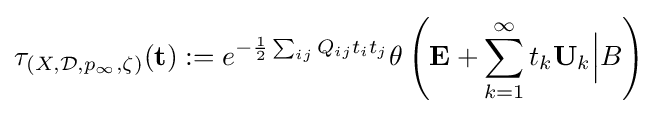
\tau _{(X,{\mathcal {D}},p_{\infty },\zeta )}(\mathbf {t} ):=e^{-{1 \over 2}\sum _{ij}Q_{ij}t_{i}t_{j}}\theta \left(\mathbf {E} +\sum _{k=1}^{\infty }t_{k}\mathbf {U} _{k}{\Big |}B\right)